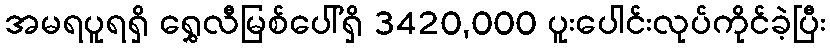
အမရပူရရှိ ရွှေလီမြစ်ပေါ်ရှိ 3420,000 ပူးပေါင်းလုပ်ကိုင်ခဲ့ပြီး